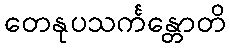
တေနုပသင်္ကန္တောတိ